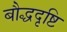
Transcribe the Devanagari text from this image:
बौद्धदृष्टि